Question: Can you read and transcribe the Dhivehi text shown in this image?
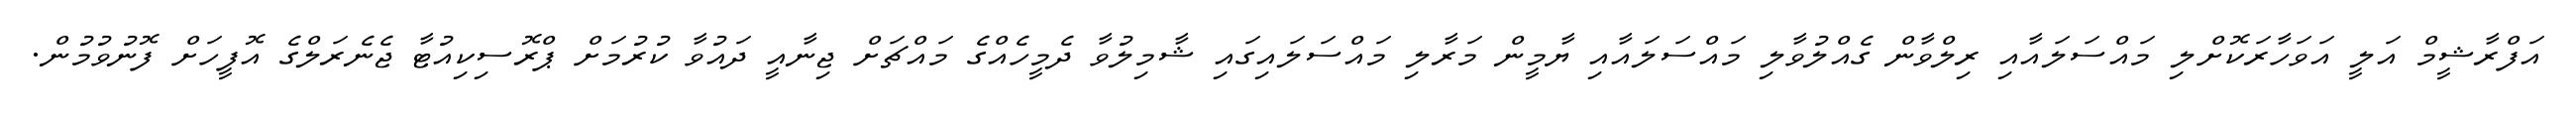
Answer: އަފްރާޝީމް އަލީ އަވަހާރަކޮށްލި މައްސަލައާއި ރިލްވާން ގެއްލުވާލި މައްސަލައާއި ޔާމީން މަރާލި މައްސަލައިގައި ޝާމިލުވާ ދެމީހެއްގެ މައްޗަށް ޖިނާއީ ދައުވާ ކުރުމަށް ޕްރޮސިކިއުޓާ ޖެނެރަލްގެ އޮފީހަށް ފޮނުވުމުން.